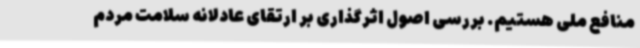
منافع ملی هستیم. بررسی اصول اثرگذاری بر ارتقای عادلانه سلامت مردم